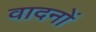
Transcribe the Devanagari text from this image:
वादनों